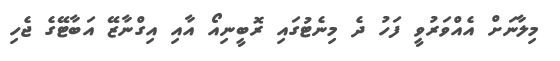
މިލާނަށް އެއްވަރުވީ ފަހު ދެ މިނެޓުގައި ރޮބީނިއޯ އާއި އިގްނާޒޭ އަބާޓޭގެ ޖެހި